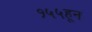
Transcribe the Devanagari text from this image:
१५५हून